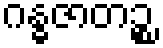
ဂန္ဓဇာတဉ္စ